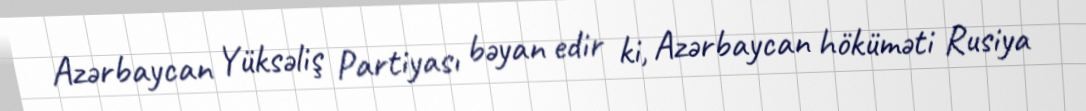
Azərbaycan Yüksəliş Partiyası bəyan edir ki, Azərbaycan höküməti Rusiya